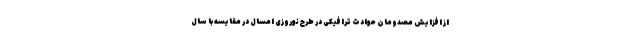
از افزایش مصدومان حوادث ترافیکی در طرح نوروزی امسال در مقایسه با سال